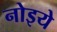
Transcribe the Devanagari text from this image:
नोइये